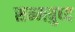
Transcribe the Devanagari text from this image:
सम्मबुध्द